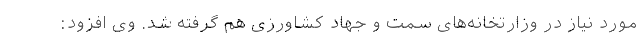
مورد نیاز در وزارتخانه‌های سمت و جهاد کشاورزی هم گرفته شد. وی افزود: